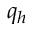
q _ { h }